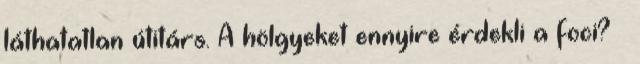
láthatatlan útitárs. A hölgyeket ennyire érdekli a foci? –